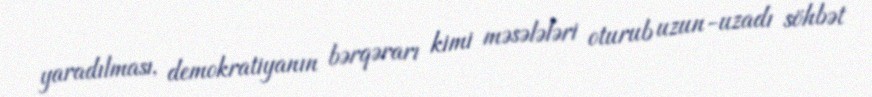
yaradılması, demokratiyanın bərqərarı kimi məsələləri oturub uzun-uzadı söhbət